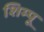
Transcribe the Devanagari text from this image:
शिम्पू